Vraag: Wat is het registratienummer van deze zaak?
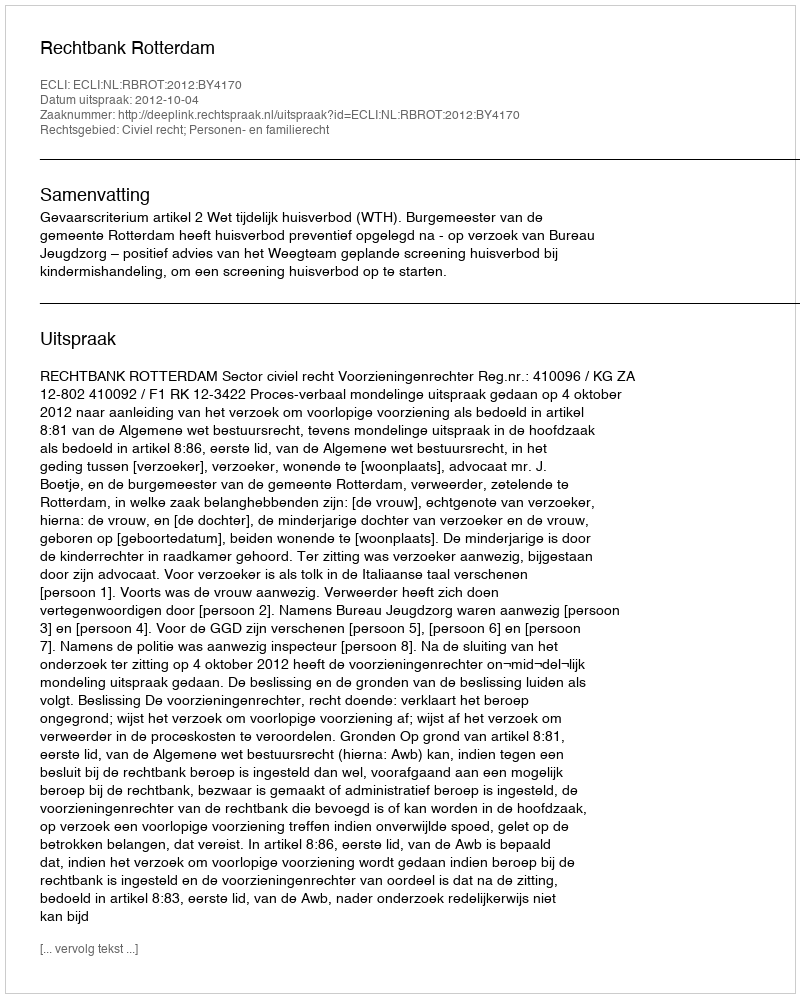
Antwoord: http://deeplink.rechtspraak.nl/uitspraak?id=ECLI:NL:RBROT:2012:BY4170